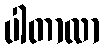
ပါတာလာ